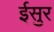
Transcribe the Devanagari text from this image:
ईसुर